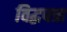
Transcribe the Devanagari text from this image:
विद्धपत्रा